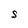
Character: S